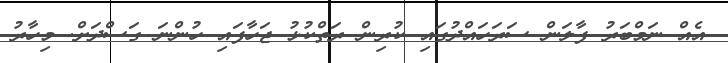
އެއް ނަމްބަރު ފާލަން ސަރަހައްދުގައި ކުރިން ރަތްކުޅު ޖަހާފައި ހުންނަ ގަސްދަށް. މިހާރު